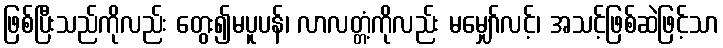
ဖြစ်ပြီးသည်ကိုလည်း တွေး၍မပူပန်၊ လာလတ္တံ့ကိုလည်း မမျှော်လင့်၊ အသင့်ဖြစ်ဆဲဖြင့်သာ